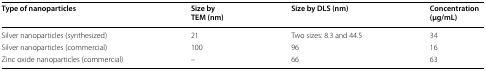
| Type of nanoparticles | Size by TEM (nm) | Size by DLS (nm) | Concentration (μg/mL) |
 | --- | --- | --- | --- |
 | Silver nanoparticles (synthesized) | 21 | Two sizes: 8.3 and 44.5 | 34 |
 | Silver nanoparticles (commercial) | 100 | 96 | 16 |
 | Zinc oxide nanoparticles (commercial) | – | 66 | 63 |